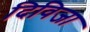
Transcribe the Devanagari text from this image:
दिविजा